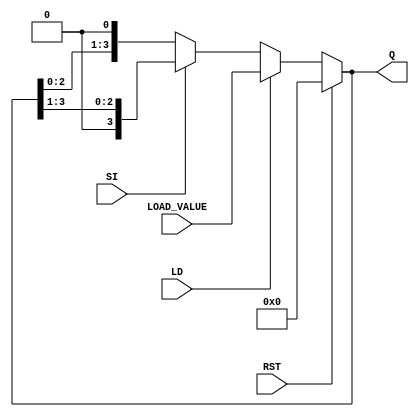
module async_shift_counter (
    input wire SI,      // Shift Input
    input wire LD,      // Load Input
    input wire RST,     // Reset Input
    input wire [3:0] LOAD_VALUE, // Value to load when LD is high
    output reg [3:0] Q  // 4-bit output representing the counter state
);

    always @(*) begin
        if (RST) begin
            // Reset the counter to zero
            Q = 4'b0000;
        end else if (LD) begin
            // Load the specified value into the counter
            Q = LOAD_VALUE;
        end else begin
            // Shift operation
            if (SI) begin
                // Right shift
                Q = {1'b0, Q[3:1]}; // Shift right and fill MSB with 0
            end else begin
                // Left shift
                Q = {Q[2:0], 1'b0}; // Shift left and fill LSB with 0
            end
        end
    end

endmodule